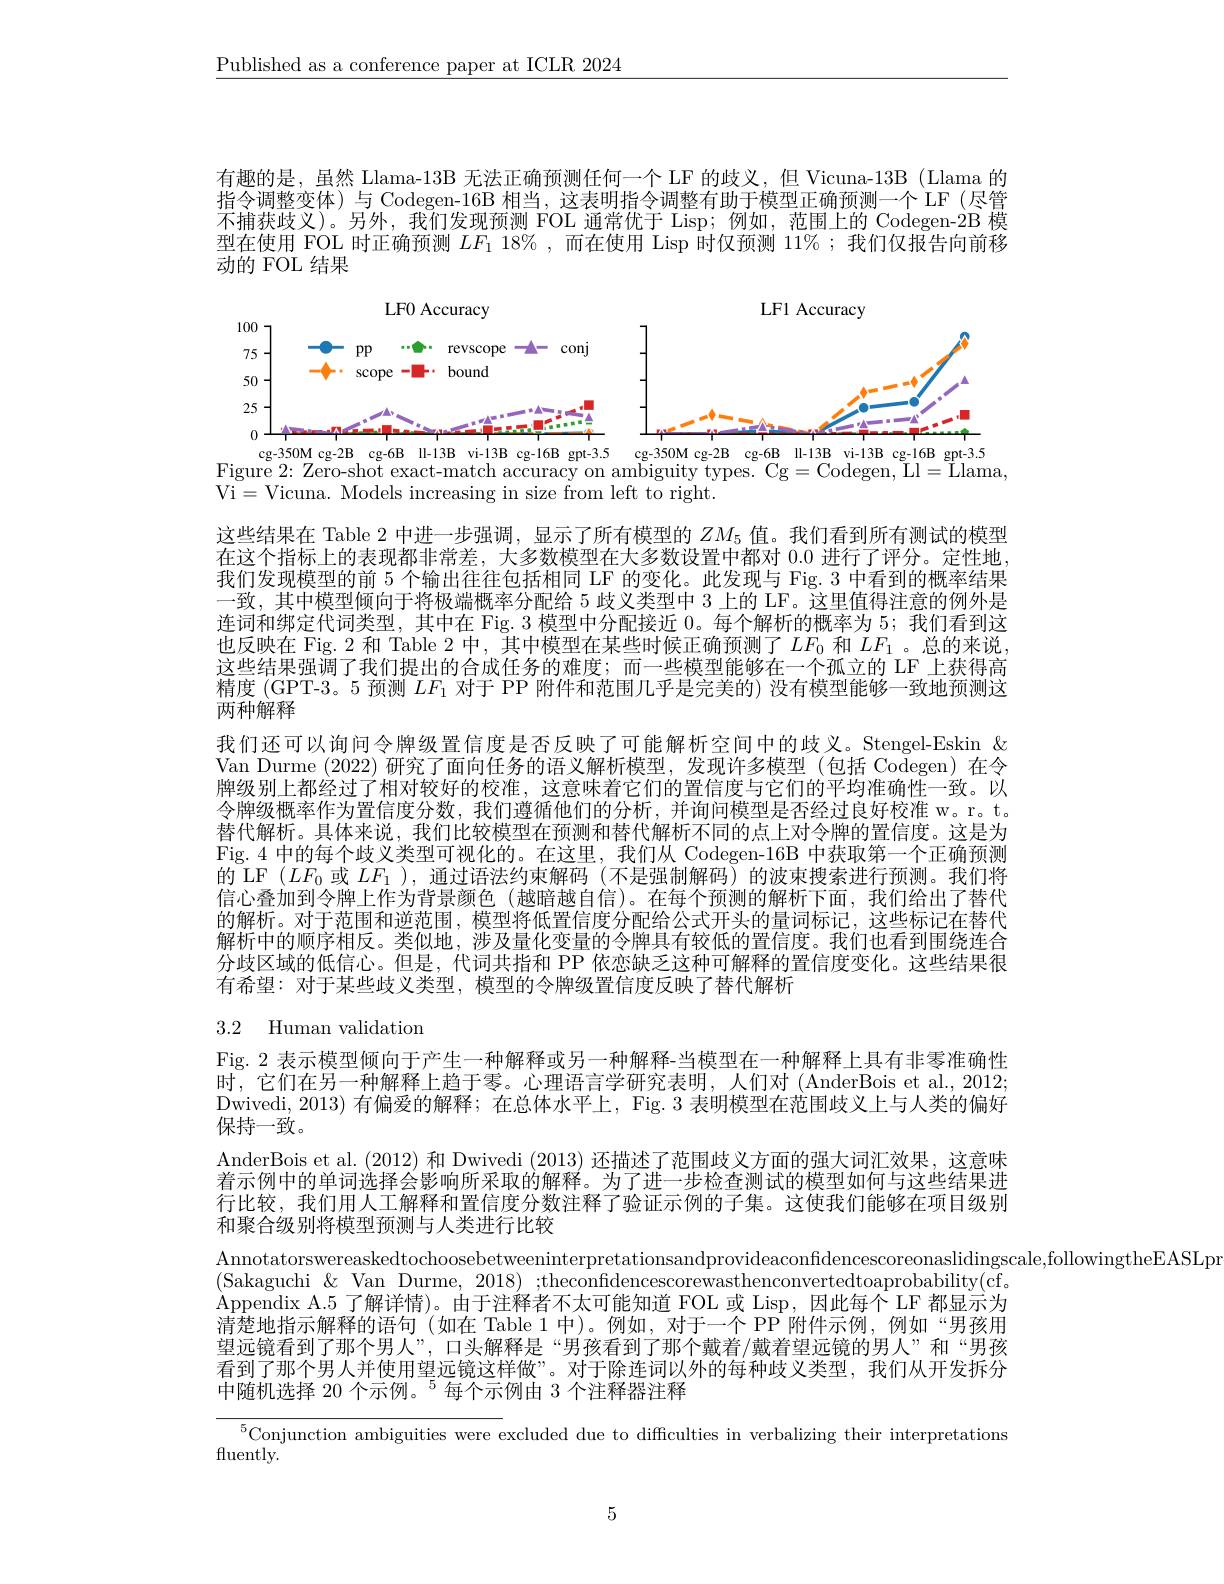
$\underline{\text{Published as a conference paper at ICLR 2024}}$

有趣的是，虽然 Llama-13B 无法正确预测任何一个 LF 的歧义，但 Vicuna-13B (Llama 的指令调整变体)与 Codegen-16B 相当，这表明指令调整有助于模型正确预测一个 LF (尽管不捕获歧义)。另外，我们发现预测 FOL 通常优于 Lisp;例如，范围上的 Codegen-2B 模型在使用 FOL 时正确预测$LF_1$ 18% ,而在使用 Lisp 时仅预测 11%;我们仅报告向前移动的 FOL 结果

<FigureHere>

<FigureHere>
Figure 2: Zero- shot exact- match accuracy on ambiguity types. Cg= Codegen, $\tilde{L}$l= $\tilde{L}$lama,

Vi=Vicuna. Models increasing in size from left to right.

这些结果在 Table 2 中进一步强调，显示了所有模型的$ZM_{5}$值。我们看到所有测试的模型在这个指标上的表现都非常差，大多数模型在大多数设置中都对0.0进行了评分。定性地我们发现模型的前 5 个输出往往包括相同 LF 的变化。此发现与 Fig. 3 中看到的概率结果一致，其中模型倾向于将极端概率分配给 5 歧义类型中 3 上的 LF。这里值得注意的例外是连词和绑定代词类型，其中在 Fig. 3 模型中分配接近 0。每个解析的概率为 5; 我们看到这也反映在 Fig.2 和 Table 2 中，其中模型在某些时候正确预测了$LF_0$和$LF_1$ 。总的来说这些结果强调了我们提出的合成任务的难度；而一些模型能够在一个孤立的 LF 上获得高精度 (GPT-3。5 预测$LF_1$对于 PP 附件和范围几乎是完美的) 没有模型能够一致地预测这两种解释
我们还可以询问令牌级置信度是否反映了可能解析空间中的歧义。Stengel-Eskin & Van Durme (2022)研究了面向任务的语义解析模型，发现许多模型(包括 Codegen)在令牌级别上都经过了相对较好的校准，这意味着它们的置信度与它们的平均准确性一致。以令牌级概率作为置信度分数，我们遵循他们的分析，并询问模型是否经过良好校准 w。r。t. 替代解析。具体来说，我们比较模型在预测和替代解析不同的点上对令牌的置信度。这是为Fig. 4中的每个歧义类型可视化的。在这里，我们从 Codegen-16B 中获取第一个正确预测的 LF $(LF_0$或$LF_1$ ),通过语法约束解码 (不是强制解码) 的波束搜索进行预测。我们将信心叠加到令牌上作为背景颜色(越暗越自信)。在每个预测的解析下面，我们给出了替代的解析。对于范围和逆范围，模型将低置信度分配给公式开头的量词标记，这些标记在替代解析中的顺序相反。类似地，涉及量化变量的令牌具有较低的置信度。我们也看到围绕连合分歧区域的低信心。但是，代词共指和 PP 依恋缺乏这种可解释的置信度变化。这些结果很有希望：对于某些歧义类型，模型的令牌级置信度反映了替代解析

# 3.2 Human validation

Fig. 2 表示模型倾向于产生一种解释或另一种解释-当模型在一种解释上具有非零准确性时，它们在另一种解释上趋于零。心理语言学研究表明，人们对(AnderBois et al.,2012; Dwivedi, 2013) 有偏爱的解释；在总体水平上，Fig. 3 表明模型在范围歧义上与人类的偏好保持一致。
AnderBois et al. (2012)和 Dwivedi (2013)还描述了范围歧义方面的强大词汇效果，这意味着示例中的单词选择会影响所采取的解释。为了进一步检查测试的模型如何与这些结果进行比较，我们用人工解释和置信度分数注释了验证示例的子集。这使我们能够在项目级别和聚合级别将模型预测与人类进行比较
$\begin{array}{c}\text{Annotatorswereaskedtochoosebetweeninterpretationsandprovideaconfidencescoreonaslidingscale,followingtheEASLpu}\\\end{array}$
(Sakaguchi$\&$Van Durme, 2018);theconfidencescorewasthenconvertedtoaprobability(cf. Appendix A.5 了解详情)。由于注释者不太可能知道 FOL 或 Lisp, 因此每个 LF 都显示为清楚地指示解释的语句 (如在 Table 1 中)。例如，对于一个 PP 附件示例，例如“男孩用望远镜看到了那个男人”,口头解释是“男孩看到了那个戴着/戴着望远镜的男人”和“男孩看到了那个男人并使用望远镜这样做”。对于除连词以外的每种歧义类型，我们从开发拆分中随机选择 20 个示例。$^{5}$每个示例由 3 个注释器注释

$^{5}$Conjunction ambiguities were excluded due to difficulties in verbalizing their interpretations

${\mathrm{fluently.}}$

5